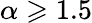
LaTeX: \alpha\geqslant 1.5